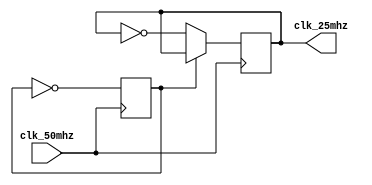
`timescale 1ns / 1ps
//////////////////////////////////////////////////////////////////////////////////
// Company: 
// Engineer: 
// 
// Design Name: 
// Module Name:    clk_25mhz 
// Project Name: 
// Target Devices: 
// Tool versions: 
// Description: 
//
// Dependencies: 
//
// Revision: 
// Revision 0.01 - File Created
// Additional Comments: 
//
//////////////////////////////////////////////////////////////////////////////////
module clk_25mhz(input clk_50mhz, output reg clk_25mhz);
reg cnt;
always@(posedge clk_50mhz) begin
	cnt=~cnt;
	if (cnt)
		clk_25mhz=~clk_25mhz;
end
endmodule